Statistical return of the lunatic asylum in Assam - 1912-1932
Year: 1912
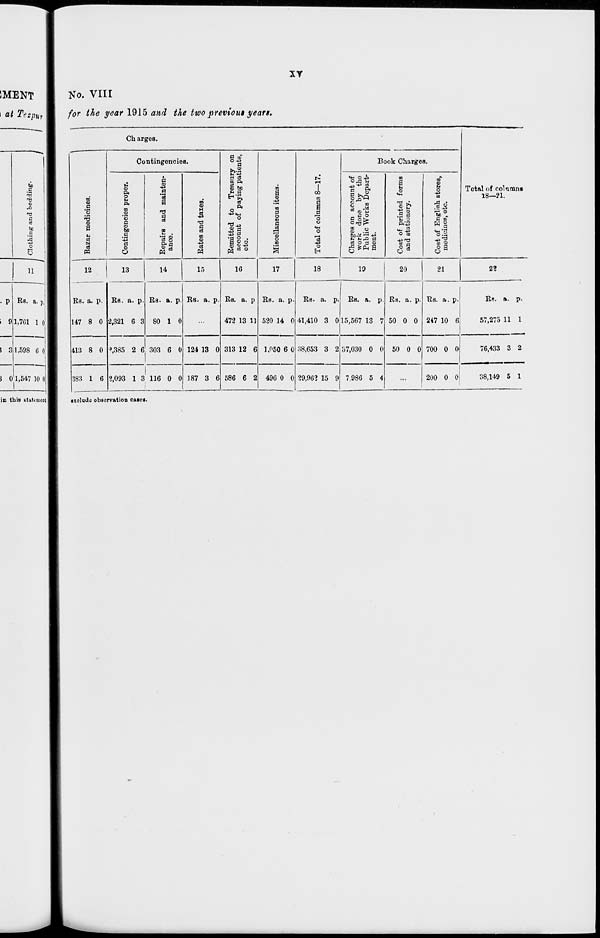
o
CO
<o
*
/
» £
en
oo
_<=>
j
-■ <,
fed
©
03
1—•
/
Clothing and bedding-.
J i* >-3
5 , 00
1—'
*-
w
1
1
'
CO
-J
D3
c-
>->
00
00
P
to
Bazar medicines.
o
o" !
OS
o
©
V
a
CO
to
*
©
CO
CO
W
CO
00
to
m
B
CO
en
M
P
CO
Contingencies proper.
a
t-»
to
OS
c
CO
CS
CO
t3
Q
o
a
CO
W
l-l
o
00
OS
CO
©
Repairs and mainten-
a
oca
o
a
H*
P
ance.
3
o
©
©
•o
a
5"
as
00
to
W
'
«J
*-
Cn
Rates and taxes.
CO
CO
P
OS
o
•a
$2 oo
os
CO
CO
-a
CO
Remitted to Treasury on
M
,_,
OS
account of paying patients,
OS
to
eo
?
etc.
tO
OJ
M
T3
£>
,_.
Or
CO
W
CO
o
©
cs
Cn
o
-a
Miscellaneous items.
o
OS
tf-
P
o
©
©
*3
CO
CO
**
CO
so
00
OS
w
OS
OT
>->
ua
CO
©
oo
Total of columns 8—17.
t—•
p
Cn
CO
CO
CO
to
©
•a
•<I
C-1
Cn
to
©
CT
W
Charges on account of
00
o
OS
-a
?
i-i
work done by the
«JT
©
CO
P
CO
Public Works Depart-
ment.
■ft
©
^7
V
w
en
O
S3
o
©
•
to
Cost of printed forms
O
"
©
o
P
©
and stationery.
p
©
©
•a
H
o<*
a)
to
-a
to
Ed
a>
©
©
•>
o
©
•j
9°
CO
Cost of English stores,
o
©
©
P
1—>
medicines, etc.
o
©
OS
•O
H
o
€*-
CO
-a
W
P
00
V
"to
W
to
00 Q
1 •*
4*-
00
-J
ee
1 _
o
CO
en
p
H-O,
en
CO
1 -
a
»-•
to
?
3
m
I I
o
p
IS
©
Or
cr*.
«*»
«
<«8
ct>
cs
H